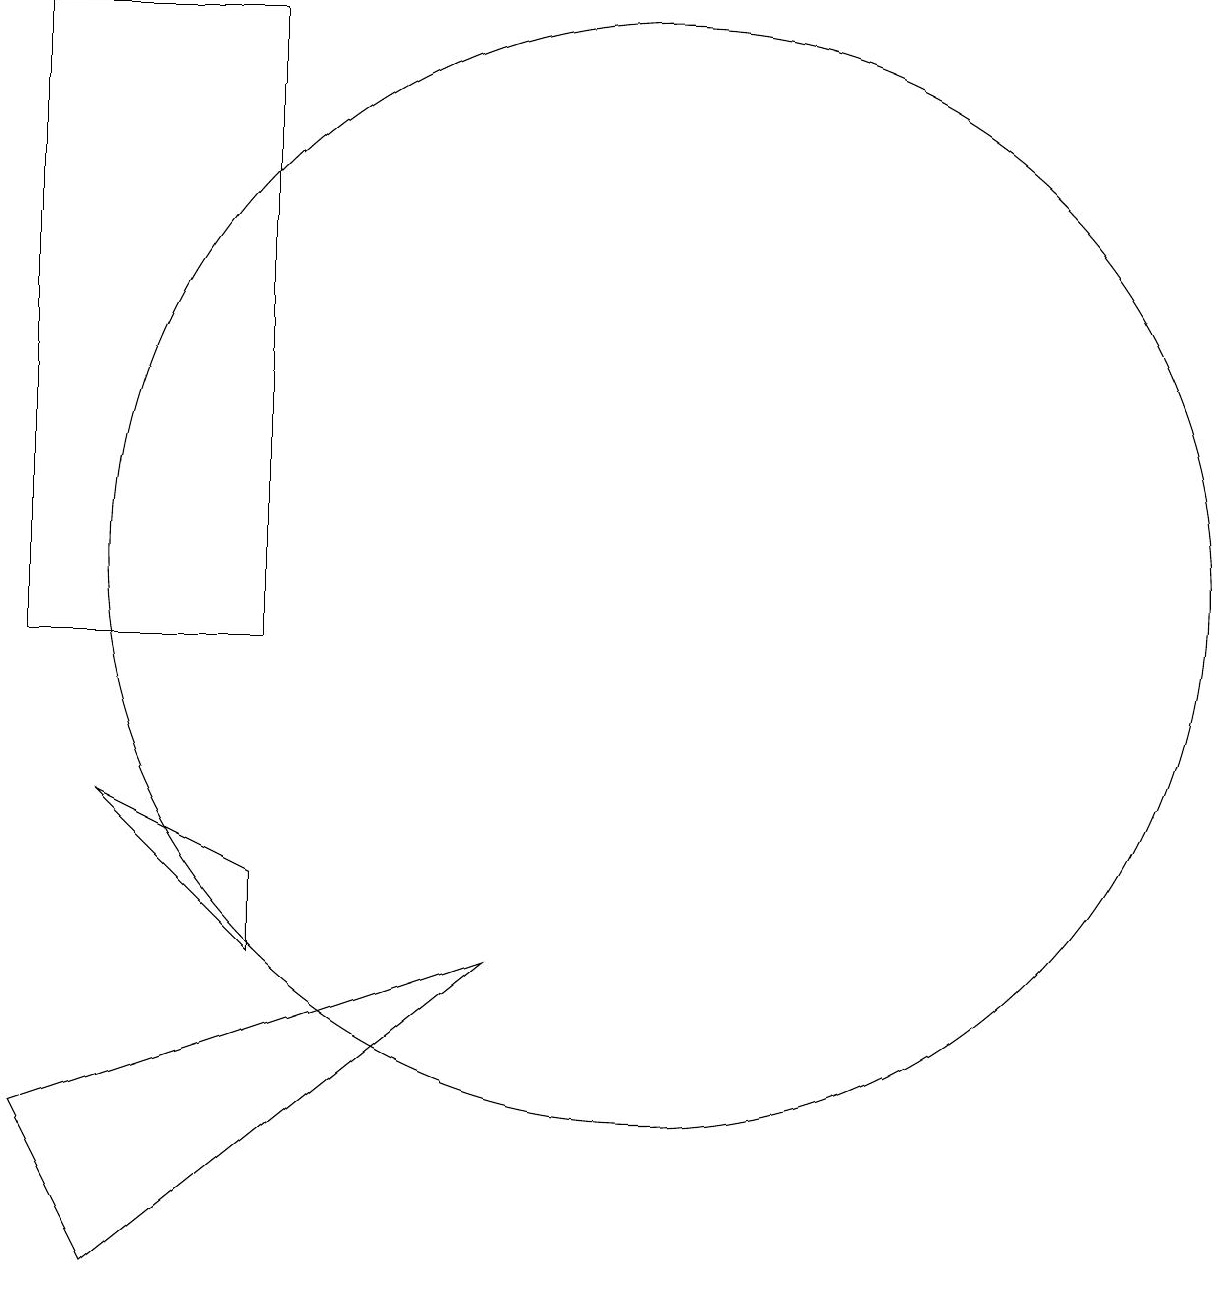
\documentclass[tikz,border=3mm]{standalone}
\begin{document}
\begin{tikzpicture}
\draw (5,10) rectangle (2,18);
\draw (10,11) circle (7);
\draw (3,2) -- (2,4) -- (8,6) -- cycle;
\draw (5,7) -- (5,6) -- (3,8) -- cycle;
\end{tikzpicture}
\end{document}